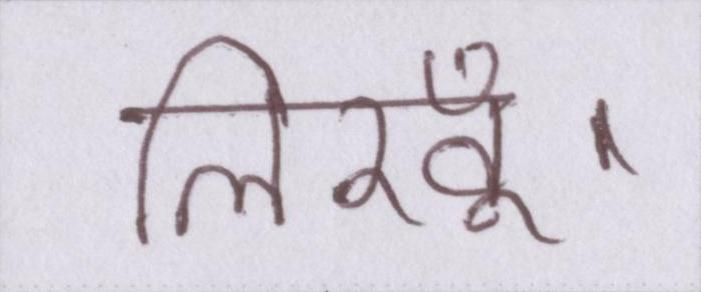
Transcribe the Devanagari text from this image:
लिखूँ।